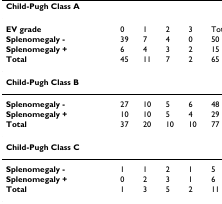
<table><thead><tr><td><b>Child-Pugh Class A</b></td><td></td><td></td><td></td><td></td><td></td></tr></thead><tbody><tr><td><b>EV grade</b></td><td>0</td><td>1</td><td>2</td><td>3</td><td>Total</td></tr><tr><td><b>Splenomegaly -</b></td><td>39</td><td>7</td><td>4</td><td>0</td><td>50</td></tr><tr><td><b>Splenomegaly +</b></td><td>6</td><td>4</td><td>3</td><td>2</td><td>15</td></tr><tr><td><b>Total</b></td><td>45</td><td>11</td><td>7</td><td>2</td><td>65</td></tr><tr><td><b>Child-Pugh Class B</b></td><td></td><td></td><td></td><td></td><td></td></tr><tr><td><b>Splenomegaly -</b></td><td>27</td><td>10</td><td>5</td><td>6</td><td>48</td></tr><tr><td><b>Splenomegaly +</b></td><td>10</td><td>10</td><td>5</td><td>4</td><td>29</td></tr><tr><td><b>Total</b></td><td>37</td><td>20</td><td>10</td><td>10</td><td>77</td></tr><tr><td><b>Child-Pugh Class C</b></td><td></td><td></td><td></td><td></td><td></td></tr><tr><td><b>Splenomegaly -</b></td><td>1</td><td>1</td><td>2</td><td>1</td><td>5</td></tr><tr><td><b>Splenomegaly +</b></td><td>0</td><td>2</td><td>3</td><td>1</td><td>6</td></tr><tr><td><b>Total</b></td><td>1</td><td>3</td><td>5</td><td>2</td><td>11</td></tr></tbody></table>